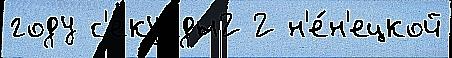
году с'екунды2 2 н'е́н'ецкой